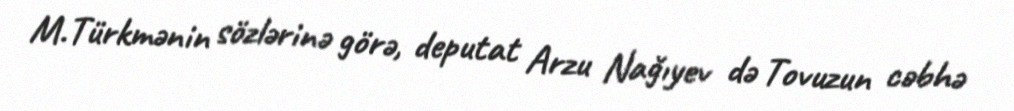
M.Türkmənin sözlərinə görə, deputat Arzu Nağıyev də Tovuzun cəbhə